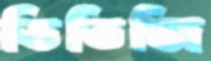
ডিডিজি